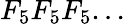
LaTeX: F_{5}F_{5}F_{5}...